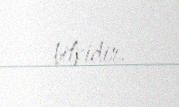
bitkidir.